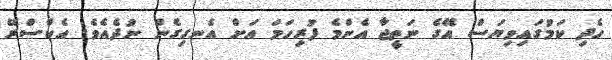
ހެދި ކަމުގައިވިޔަސް އޭގެ ނަތީޖާ އެންމެ ފުރިހަމަ އަށް އެނގިގެން ނުދެއެވެ. އެކްސްރޭ